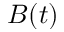
B ( t )